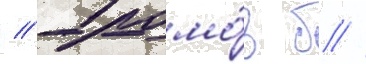
// Громо́в б //